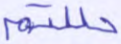
حللتم